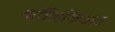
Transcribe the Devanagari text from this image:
कॉलिजिअट